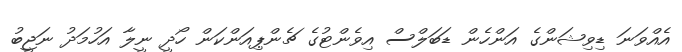
އެއްވަނަ ޑިވިޝަންގެ އަންހެން ޑަބަލްސް އިވެންޓުގެ ޗެންޕިއަންކަން ހޯދީ ނީލާ އަހުމަދު ނަޖީބު